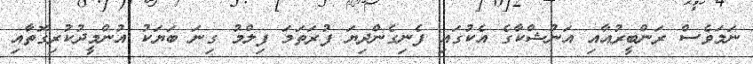
ނަމަވެސް ރަންބީރުއާއި އަނުޝްކާގެ އެކުގައި ފެނިގެންދިޔަ ފުރަތަމަ ފިލްމު ގިނަ ބަޔަކު އުންމީދުކުރިގޮތާއި